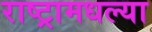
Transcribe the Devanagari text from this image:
राष्ट्रामधल्या